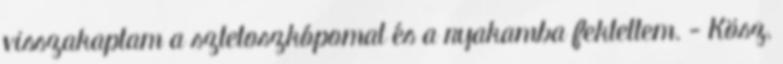
visszakaptam a sztetoszkópomat és a nyakamba fektettem. - Kösz,